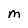
Character: M